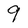
Character: 9